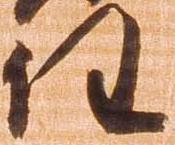
任